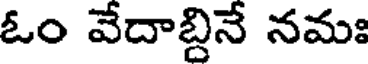
ఓం వేదాబ్దినే నమః